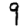
Digit: 9